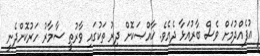
އުފެއްދުމަށް ވެސް ބާރުއަޅާ ދެއެވެ. ޚާއްޞަކޮށް ދިރު ތަކުގައި ވާރުތީ ސާމާރު ހަރުކޮށްދެނީ